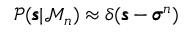
\begin{array} { r } { \mathscr { P } ( \pmb { \mathscr { s } } | \mathcal { M } _ { n } ) \approx \delta ( \pmb { \mathscr { s } } - \pmb { \sigma } ^ { n } ) } \end{array}